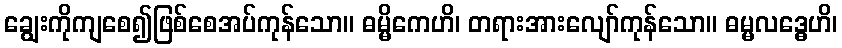
ချွေးကိုကျစေ၍ဖြစ်စေအပ်ကုန်သော။ ဓမ္မိကေဟိ၊ တရားအားလျော်ကုန်သော။ ဓမ္မလဒ္ဓေဟိ၊